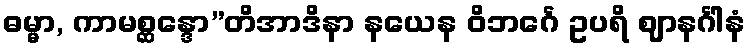
ဓမ္မာ, ကာမစ္ဆန္ဒော”တိအာဒိနာ နယေန ဝိဘင်္ဂေ ဥပရိ ဈာနင်္ဂါနံ